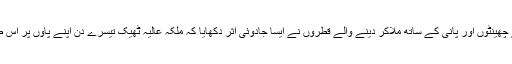
پڑوسی ملک کے بزرگ کی دیئے ہوئے رنگین پانی کے چھینٹوں اور پانی کے ساتھ ملاکر دینے والے قطروں نے ایسا جادوئی اثر دکھایا کہ ملکہ عالیہ ٹھیک تیسرے دن اپنے پاؤں پر اس طرح کھڑی ہو گئیں جیسے کبھی بیمار ہی نہیں رہی ہوں۔